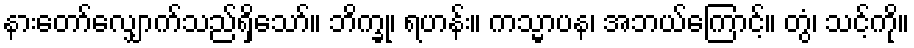
နားတော်လျှောက်သည်ရှိသော်။ ဘိက္ခု၊ ရဟန်း။ ကသ္မာပန၊ အဘယ်ကြောင့်။ တွံ၊ သင့်ကို။